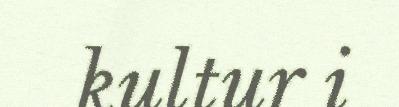
kultur i